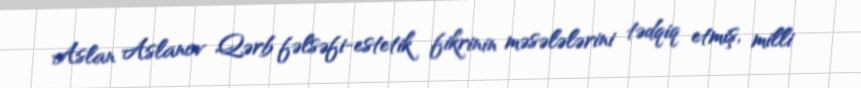
Aslan Aslanov Qərb fəlsəfi-estetik fikrinin məsələlərini tədqiq etmiş, milli